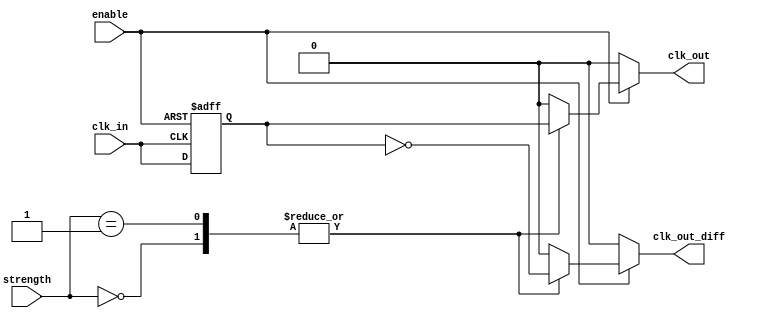
module low_power_clock_buffer (
    input wire clk_in,         // Input clock signal
    input wire enable,         // Enable signal
    input wire [1:0] strength, // Programmable output strength (00 - low, 01 - medium, 10 - high)
    output reg clk_out,        // Single-ended output clock
    output reg clk_out_diff    // Differential output clock
);

    // Parameters for output drive strength simulation
    parameter LOW_DRIVE   = 1'b0;
    parameter MEDIUM_DRIVE = 1'b1;
    parameter HIGH_DRIVE  = 2'b01;
    parameter MAX_DRIVE   = 2'b10;

    // Internal signals
    reg clk_buffer;
    
    // Hysteresis and conditioning in the input stage (simple implementation)
    always @(posedge clk_in or negedge enable) begin
        if (!enable) begin
            clk_buffer <= 1'b0; // Disable output when not enabled
        end else begin
            clk_buffer <= clk_in; // Buffer the input clock
        end
    end

    // Output stage with programmable drive strength
    always @(*) begin
        if (enable) begin
            case (strength)
                LOW_DRIVE: begin
                    clk_out = clk_buffer; // Low drive strength output
                    clk_out_diff = ~clk_buffer; // Differential output
                end

                MEDIUM_DRIVE: begin
                    clk_out = clk_buffer; // Medium drive strength output
                    clk_out_diff = ~clk_buffer; // Differential output
                end

                HIGH_DRIVE: begin
                    clk_out = clk_buffer; // High drive strength output
                    clk_out_diff = ~clk_buffer; // Differential output
                end

                default: begin
                    clk_out = 1'b0; // Default to low
                    clk_out_diff = 1'b0; // Default to low
                end
            endcase
        end else begin
            clk_out = 1'b0; // Output low when disabled
            clk_out_diff = 1'b0; // Differential output low when disabled
        end
    end

endmodule